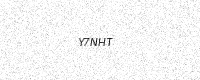
Text: Y7NHT